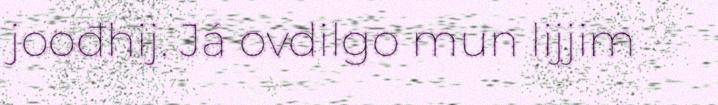
joođhij. Já ovdilgo mun lijjim